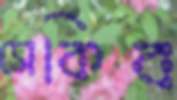
সেকিব